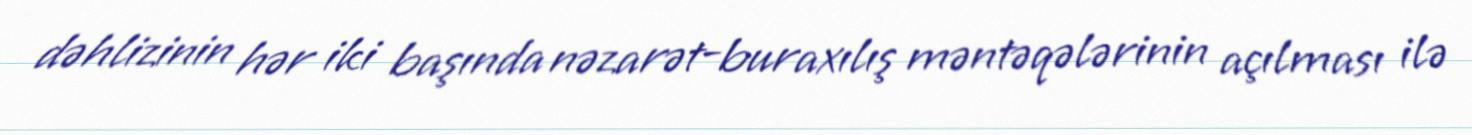
dəhlizinin hər iki başında nəzarət-buraxılış məntəqələrinin açılması ilə